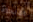
الأنحاء